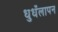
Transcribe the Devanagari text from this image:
धुधँलापन